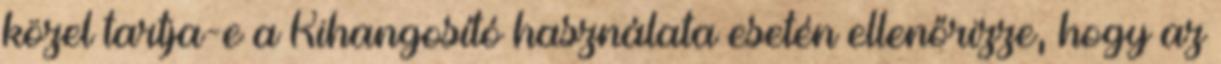
közel tartja-e a Kihangosító használata esetén ellenőrizze, hogy az